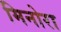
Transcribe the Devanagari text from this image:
मिनोरा